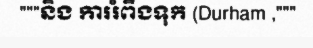
"""និង ការរំពឹងទុក (Durham ,"""